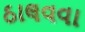
ઠાલવવા